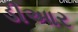
ડીઆર